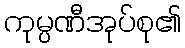
ကုမ္ပဏီအုပ်စု၏